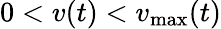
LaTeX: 0<v(t)<v_{\operatorname*{max}}(t)